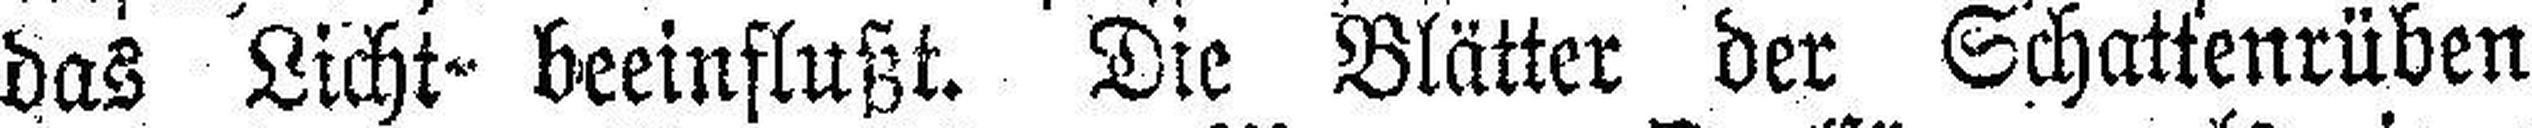
das Licht beeinflußt. Die Blätter der Schattenrüben